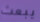
يبعث